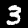
Digit: 3